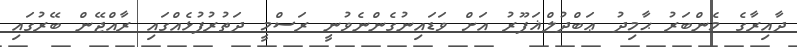
ދާއިރާގެ މެންބަރު ޙާމިދު ޢަބްދުލްޣަފޫރު އަށް ވަޑައިނުގެންނެވުނީ ރަސްމީ ދަތުރުފުޅެއްގައި ރާއްޖޭން ބޭރުގައި